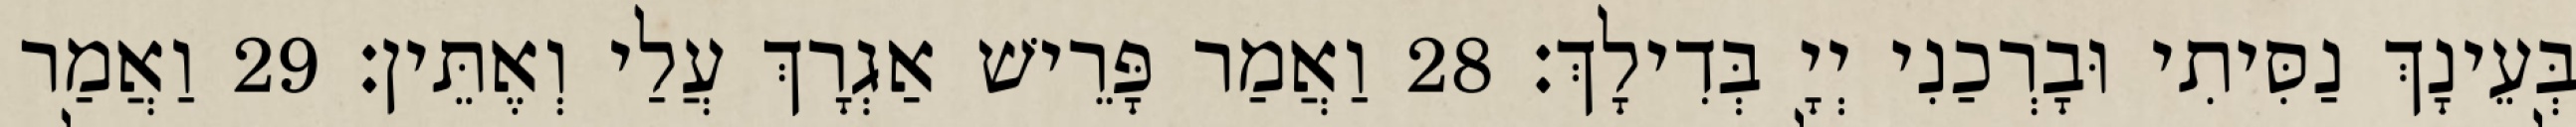
בְּעֵינָךְ נַסִּיתִי וּבָרְכַנִי יְיָ בְּדִילָךְ׃ 28 וַאֲמַר פָּרֵישׁ אַגְרָךְ עֲלַי וְאֶתֵּין׃ 29 וַאֲמַר